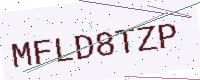
Text: MFLD8TZP